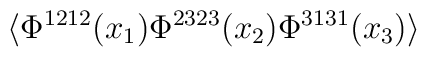
\langle \Phi^{1212}(x_{1})\Phi^{2323}(x_{2})\Phi^{3131}(x_{3}) \rangle